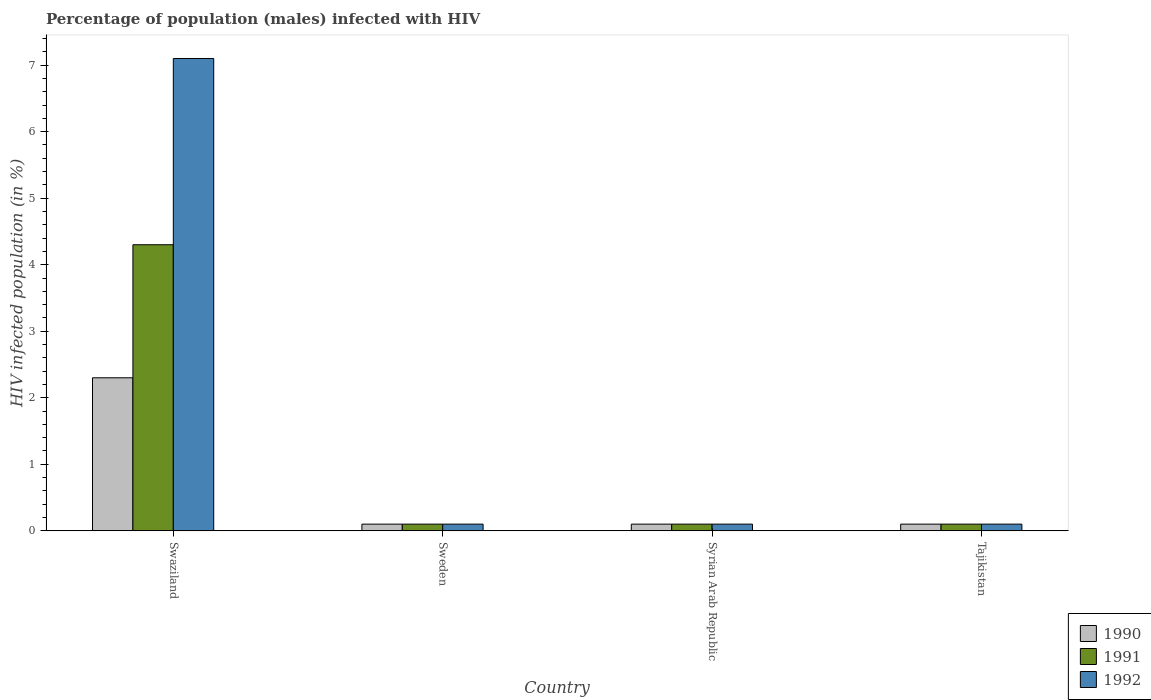
| Country | 1990 | 1991 | 1992 |
 | --- | --- | --- | --- |
 | Swaziland | 2.3 | 4.3 | 7.1 |
 | Sweden | 0.1 | 0.1 | 0.1 |
 | Syrian Arab Republic | 0.1 | 0.1 | 0.1 |
 | Tajikistan | 0.1 | 0.1 | 0.1 |